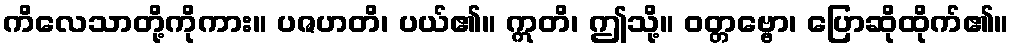
ကိလေသာတို့ကိုကား။ ပဇဟတိ၊ ပယ်၏။ ဣတိ၊ ဤသို့။ ဝတ္တဗ္ဗော၊ ပြောဆိုထိုက်၏။